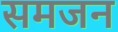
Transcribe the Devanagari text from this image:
समजन